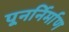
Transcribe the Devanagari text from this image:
पूनर्निर्माण